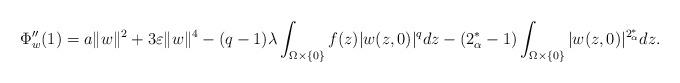
LaTeX: \begin{align*}\Phi^{\prime\prime}_w(1)=a\|w\|^2+3\varepsilon\|w\|^4-(q-1)\lambda\int_{\Omega\times \{0\}}f(z)|w(z, 0)|^q dz-{(2^*_\alpha-1)}\int_{\Omega\times \{0\}}|w(z, 0)|^{2^*_\alpha} dz.\end{align*}